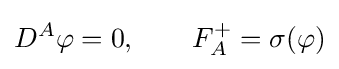
\displaystyle D^{A}\varphi =0,\qquad F_{A}^{+}=\sigma (\varphi )